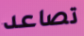
تصاعد